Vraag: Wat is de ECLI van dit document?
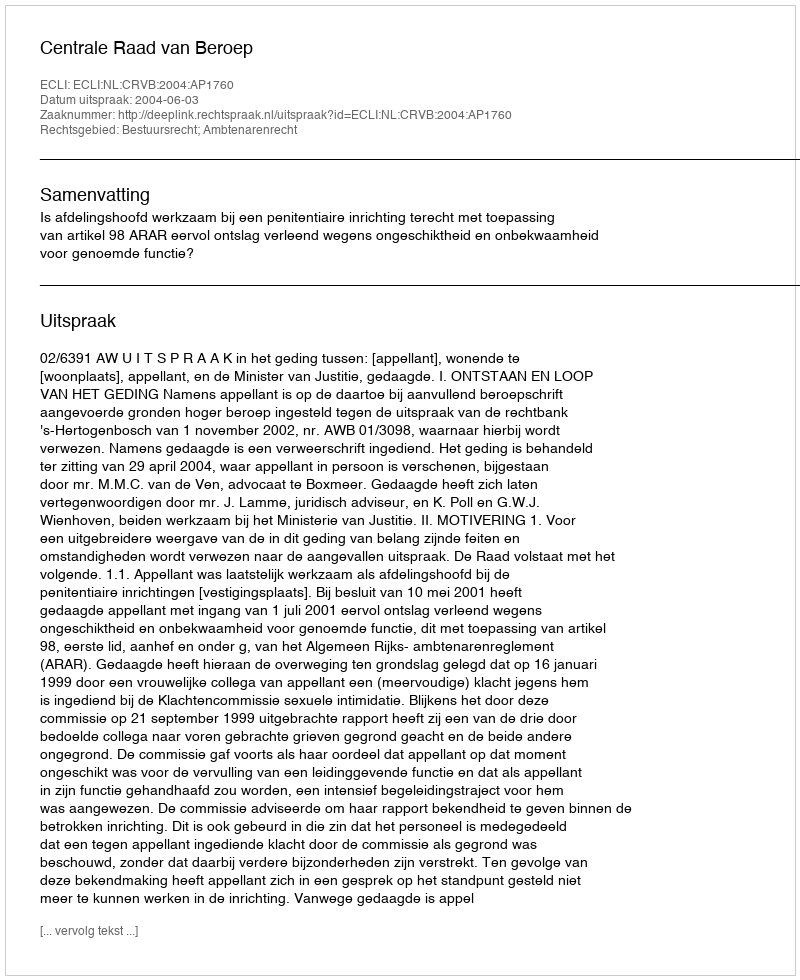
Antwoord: ECLI:NL:CRVB:2004:AP1760